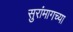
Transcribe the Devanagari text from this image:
सुरांमागच्या